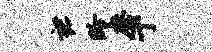
裙盼磨丁